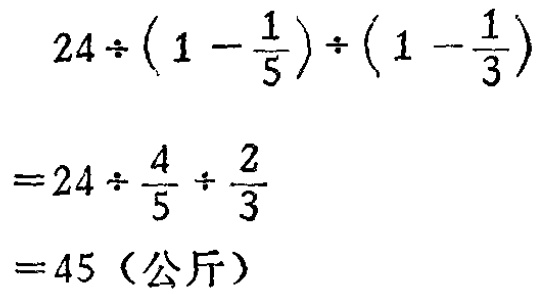
\[

\begin{align*}

&24\div\left(1 - \frac{1}{5}\right)\div\left(1 - \frac{1}{3}\right)\\

=&24\div\frac{4}{5}\div\frac{2}{3}\\

=&45（\text{公斤}）

\end{align*}

\]